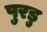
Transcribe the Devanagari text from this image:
पुरडु